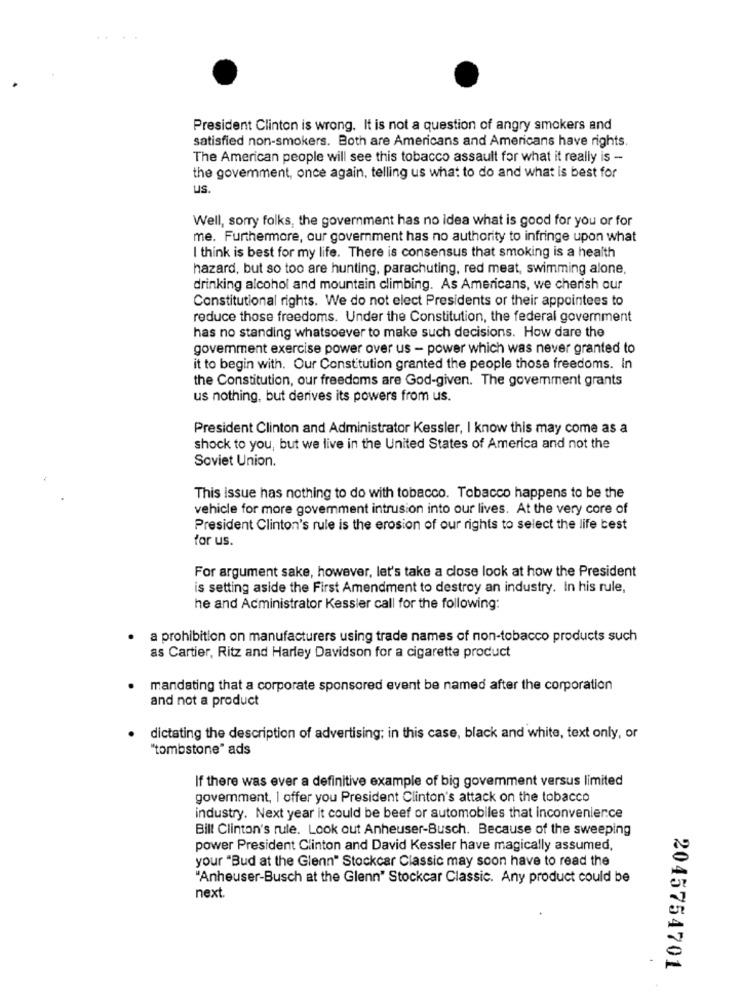
President Clinton is wrong. It is not a question of angry smokers and
satisfied non-smokers. Both are Americans and Americans have rights.
The American people will see this tobacco assault for what it really is -
the govemment, once again, telling us what to do and what is best for
us.
Well, sorry folks, the government has no idea what is good for you or for
me. Furthermore, our government has no authority to infringe upon what
I think is best for my life. There is consensus that smoking is a health
hazard, but so too are hunting, parachuting, red meat, swimming alone,
drinking alcohol and mountain climbing. As Americans, we cherish our
Constitutional rights. We do not elect Presidents or their appointees to
reduce those freedoms. Under the Constitution, the federal government
has no standing whatsoever to make such decisions. How dare the
govemment exercise power over us - power which was never granted to
it to begin with. Our Constitution granted the people those freedoms. In
the Constitution, our freedoms are God-given. The government grants
us nothing, but derives its powers from us.
President Clinton and Administrator Kessler, I know this may come as a
shock to you, but we live in the United States of America and not the
Soviet Union.
This issue has nothing to do with tobacco. Tobacco happens to be the
vehicle for more govemment intrusion into our lives. At the very core of
President Clinton's rule is the erosion of our rights to select the life best
for us.
For argument sake, however, let's take a close look at how the President
is setting aside the First Amendment to destroy an industry. In his rule,
he and Administrator Kessler call for the following:
a prohibition on manufacturers using trade names of non-tobacco products such
as Cartier, Ritz and Harley Davidson for a cigarette product
mandating that a corporate sponsored event be named after the corporation
and not a product
dictating the description of advertising; in this case, black and white, text only, or
"tombstone" ads
If there was ever a definitive example of big govemment versus limited
government, I offer you President Clinton's attack on the tobacco
industry. Next year it could be beef or automobiles that inconvenience
Bill Clinton's rule. Look out Anheuser-Busch. Because of the sweeping
power President Clinton and David Kessler have magically assumed,
your "Bud at the Glenn" Stockcar Classic may soon have to read the
"Anheuser-Busch at the Glenn" Stockcar Classic. Any product could be
next.
2045754701